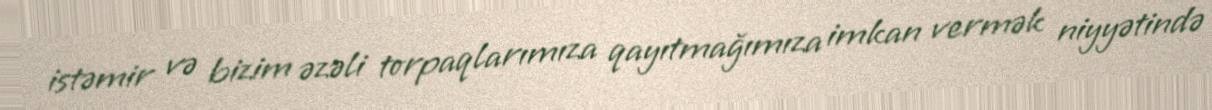
istəmir və bizim əzəli torpaqlarımıza qayıtmağımıza imkan vermək niyyətində